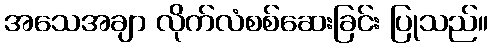
အသေအချာ လိုက်လံစစ်ဆေးခြင်း ပြုသည်။